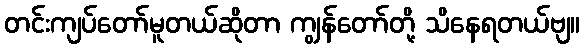
တင်းကျပ်တော်မူတယ်ဆိုတာ ကျွန်တော်တို့ သိနေရတယ်ဗျ။